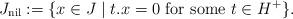
LaTeX: \begin{align*} J_{\mathrm{nil}}:=\{x\in J\mid t. x=0\textrm{ for some } t\in H^+ \}.\end{align*}